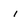
Character: i